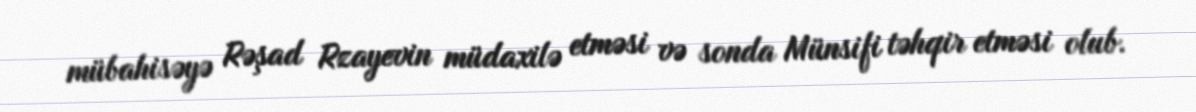
mübahisəyə Rəşad Rzayevin müdaxilə etməsi və sonda Münsifi təhqir etməsi olub.